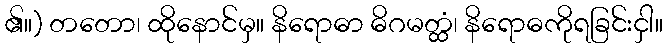
၏။) တတော၊ ထိုနောင်မှ။ နိရောဓာ ဓိဂမတ္ထံ၊ နိရောဓကိုရခြင်းငှါ။